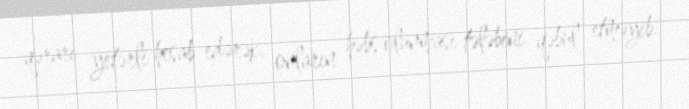
qərarı yetərli hesab edərək, onların həbs olunması tələbini qəbul etməyib.